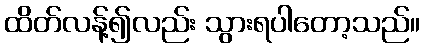
ထိတ်လန့်၍လည်း သွားရပါတော့သည်။